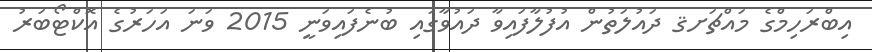
އިބްރަހިމްގެ މައްޗަށޤ ދައުލަތުން އުފުލާފައިވާ ދައުވާގައި ބުނެފައިވަނީ 2015 ވަނަ އަހަރުގެ އޮކްޓޯބަރު